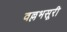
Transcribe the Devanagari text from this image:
वल्लभसूरी